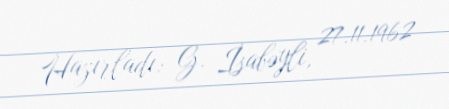
Hazırladı: G. İsabəyli, 27.11.1962